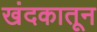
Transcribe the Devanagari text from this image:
खंदकातून